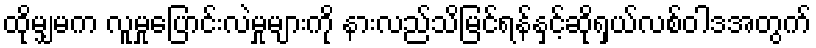
ထိုမျှမက လူမှုပြောင်းလဲမှုများကို နားလည်သိမြင်ရန်နှင့်ဆိုရှယ်လစ်ဝါဒအတွက်